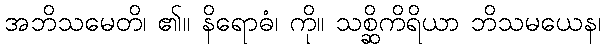
အဘိသမေတိ၊ ၏။ နိရောဓံ၊ ကို။ သစ္ဆိကိရိယာ ဘိသမယေန၊